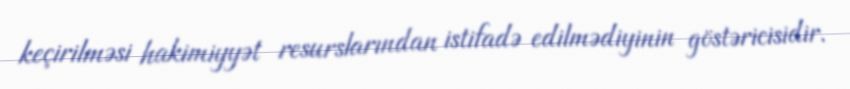
keçirilməsi hakimiyyət resurslarından istifadə edilmədiyinin göstəricisidir.